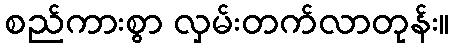
စည်ကားစွာ လှမ်းတက်လာတုန်း။